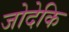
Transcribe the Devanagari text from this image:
जोदेकि